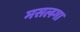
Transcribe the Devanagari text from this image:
मसलगा